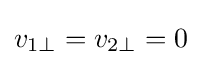
v_{1\perp }=v_{2\perp }=0